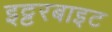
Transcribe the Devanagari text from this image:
इट्टरबाइट